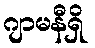
ဂျာမနီရှိ